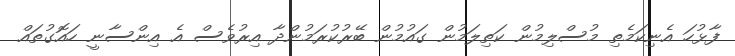
ފާޅުހަ އެނިކަމެތި މުސްލިމުން ކަތިލަމުން ގައުމުން ބޭރުކުރަމުންދާ އިރުވެސް އެ އިންސާނީ ހައޮގުތައް